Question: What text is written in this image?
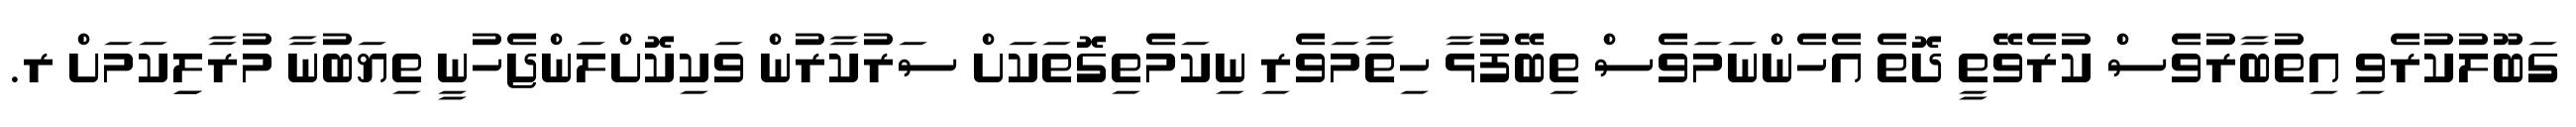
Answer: ގަބޫލުކުރެވި އިތުބާރުވެސް ކުރެވޭތީ ދޮތެ އެހެންނަމަވެސް ތިބޭފުޅާ ހިތާމަވެރި ނިކަމެތިގޮތަކަށް ސަރުކާރުން ވަކިކޮށްލަންޖެހުނީ ތިޔަބުނާ މުރާލިިކަމަށް ރ.